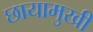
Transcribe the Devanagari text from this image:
छायामुखी